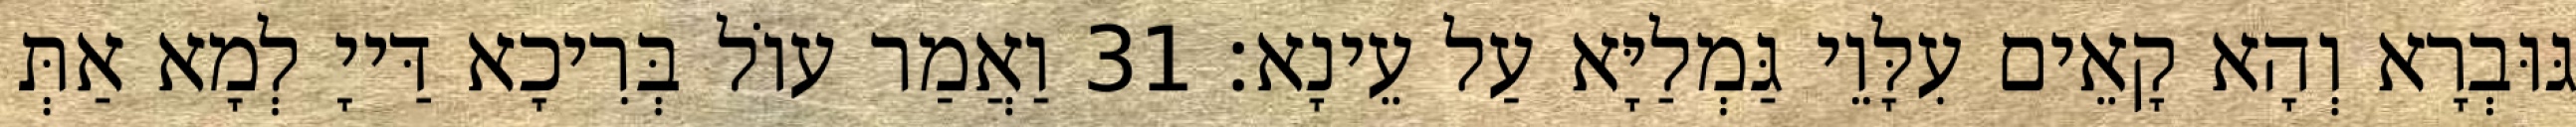
גּוּבְרָא וְהָא קָאֵים עִלָּוֵי גַּמְלַיָּא עַל עֵינָא׃ 31 וַאֲמַר עוֹל בְּרִיכָא דַּייָ לְמָא אַתְּ